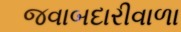
જવાબદારીવાળા